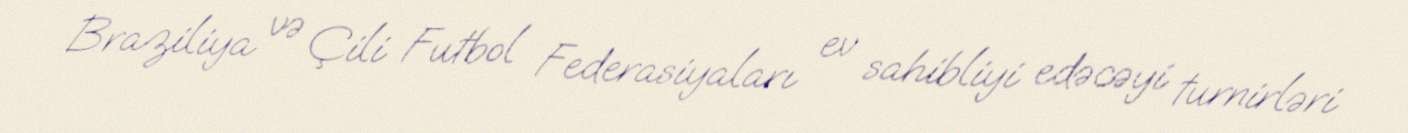
Braziliya və Çili Futbol Federasiyaları ev sahibliyi edəcəyi turnirləri